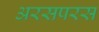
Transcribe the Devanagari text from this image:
अरसपरस